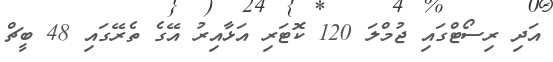
އަދި ރިސޯޓްގައި ޖުމްލަ 120 ކޮޓަރި އަޅާއިރު އޭގެ ތެރޭގައި 48 ބީޗް